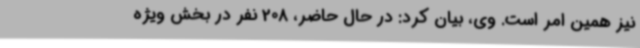
نیز همین امر است. وی، بیان کرد: در حال حاضر، 208 نفر در بخش ویژه